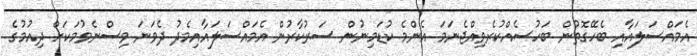
އެމައްސަލައާއި ބެހޭގޮތުން ބަހުސެއްކުރެވިއްޖެނަމަ އެންމެ ކުޑަމިނުން ސަރުކާރުން އެމައްސަލައާއިމެދު ދެވަނަ ވިސްނެވުމަކަށް ދިއުމުގެ